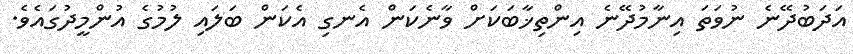
އަދަބުދޭނެ ނުވަތަ އިނާމުދޭނެ އިންތިޚާބަކަށް ވާނެކަން އެނގި އެކަން ބަލައި ލުމުގެ އުންމީދުގައެވެ.